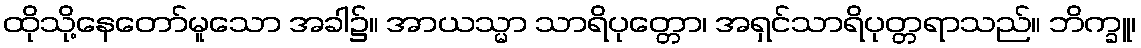
ထိုသို့နေတော်မူသော အခါ၌။ အာယသ္မာ သာရိပုတ္တော၊ အရှင်သာရိပုတ္တရာသည်။ ဘိက္ခူ၊